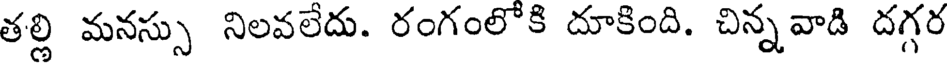
తల్లి మనస్సు నిలవలేదు. రంగంలోకి దూకింది. చిన్నవాడి దగ్గర